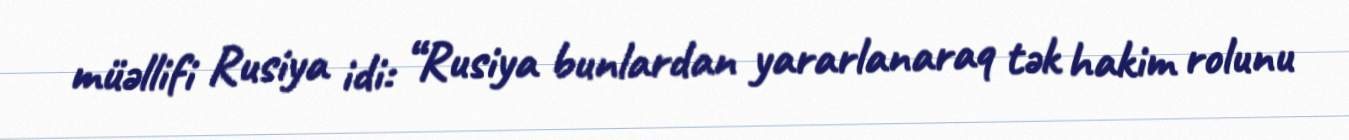
müəllifi Rusiya idi: “Rusiya bunlardan yararlanaraq tək hakim rolunu